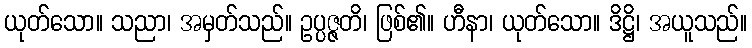
ယုတ်သော။ သညာ၊ အမှတ်သည်။ ဥပ္ပဇ္ဇတိ၊ ဖြစ်၏။ ဟီနာ၊ ယုတ်သော။ ဒိဋ္ဌိ၊ အယူသည်။